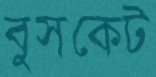
বুসকেট